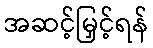
အဆင့်မြှင့်ရန်